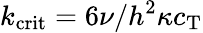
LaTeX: k_{\mathrm{crit}}=6\nu/h^{2}\kappa c_{\mathrm{T}}